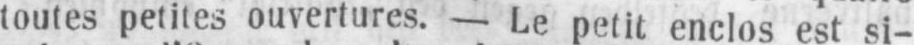
toutes petites ouvertures. - Le petit enclos est si-